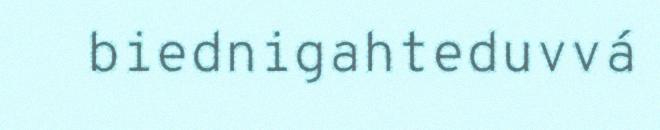
biednigahteduvvá